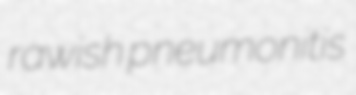
rawish pneumonitis